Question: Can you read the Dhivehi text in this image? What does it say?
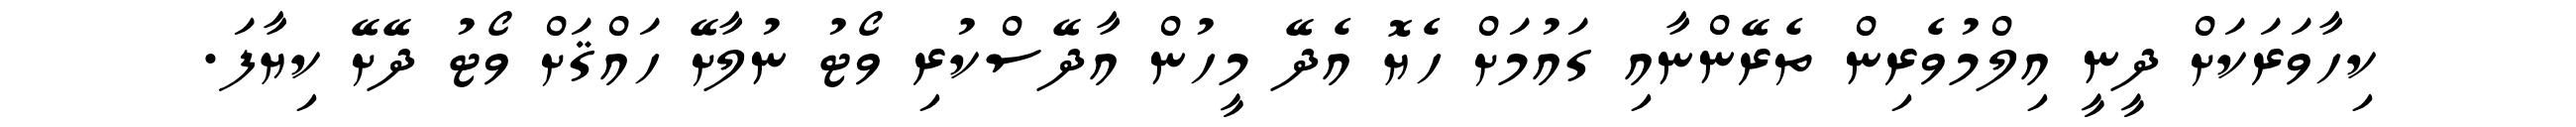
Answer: ކިހާވަރަކަށް ދީނީ އިލްމުވެރިން ތެރޭންނާއި ގައުމަށް ހެޔޮ އެދޭ މީހުން އާދޭސްކުރި ވޯޓު ނުލާށޭ ހައްޤަށް ވޯޓު ދޭށޭ ކިޔާފަ.